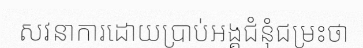
សវនាការដោយប្រាប់អង្គជំនុំជម្រះថា